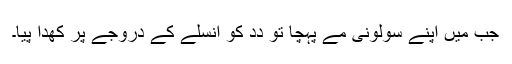
جب میں اَپنے سولونی مے پہُچا تو دِدِ کو اُنسلے کے دروجے پر کھدا پیا۔